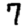
Digit: 7